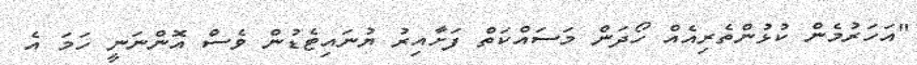
"އަހަރުމެން ކުޅުންތެރިއެއް ހޯދަން މަސައްކަތް ފަށާއިރު ޔުނައިޓެޑުން ވެސް އޮންނަނީ ހަމަ އެ